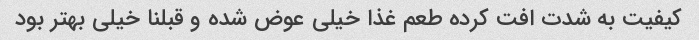
کیفیت به شدت افت کرده طعم غذا خیلی عوض شده و قبلنا خیلی بهتر بود